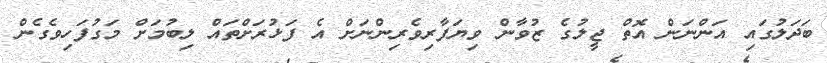
ބަދަލުގައި އަންނަން އޮތް ޖީލުގެ ޒުވާން ވިޔަފާރިވެރިންނަށް އެ ފަޅުރަށްތައް ލިބުމަށް މަގުފަހިވެގެން